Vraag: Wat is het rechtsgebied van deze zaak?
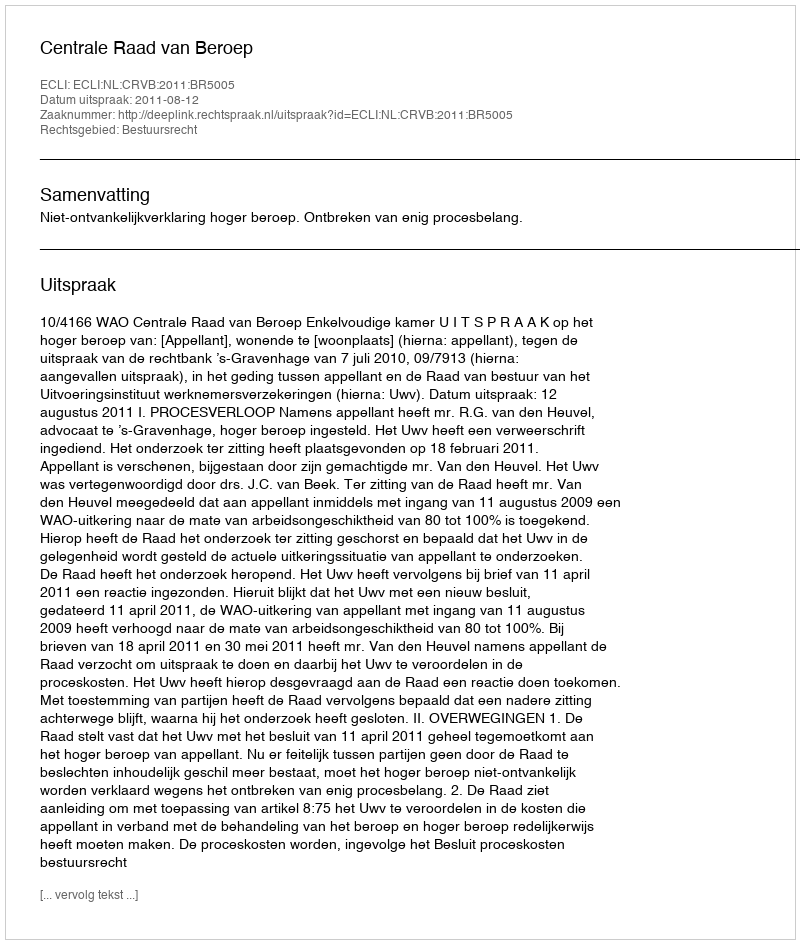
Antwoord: Bestuursrecht